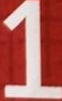
1